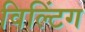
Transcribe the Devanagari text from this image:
विल्टिंग